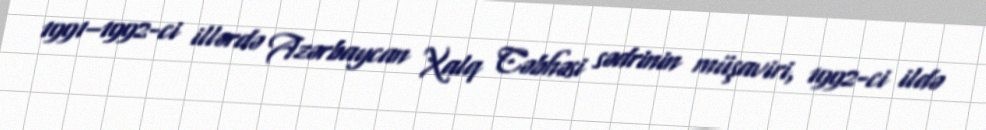
1991–1992-ci illərdə Azərbaycan Xalq Cəbhəsi sədrinin müşaviri, 1992-ci ildə